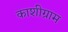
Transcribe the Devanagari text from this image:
काशीग्राम